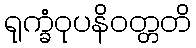
ရုက္ခံဝုပနိဝတ္တတိ